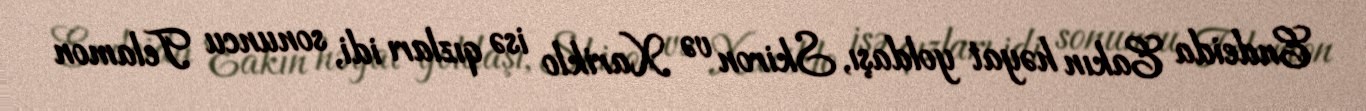
Endeida Eakın həyat yoldaşı, Skiron və Xariklo isə qızları idi, sonuncu Telamon